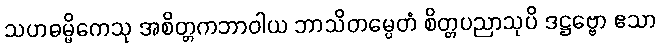
သဟဓမ္မိကေသု အစိတ္တကဘာဝါယ ဘာသိတမ္ပေတံ စိတ္တပညာသုပိ ဒဋ္ဌဗ္ဗော ဧသာ